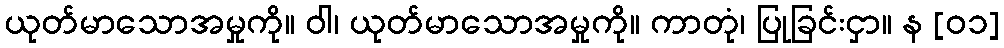
ယုတ်မာသောအမှုကို။ ဝါ၊ ယုတ်မာသောအမှုကို။ ကာတုံ၊ ပြုခြင်းငှာ။ န [၀၁]